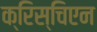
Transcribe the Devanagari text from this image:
क्रिस्चिएन